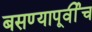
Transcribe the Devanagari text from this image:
बसण्यापूर्वीच